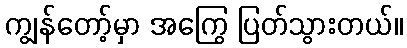
ကျွန်တော့်မှာ အကြွေ ပြတ်သွားတယ်။